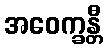
အဝေက္ခန္တီ